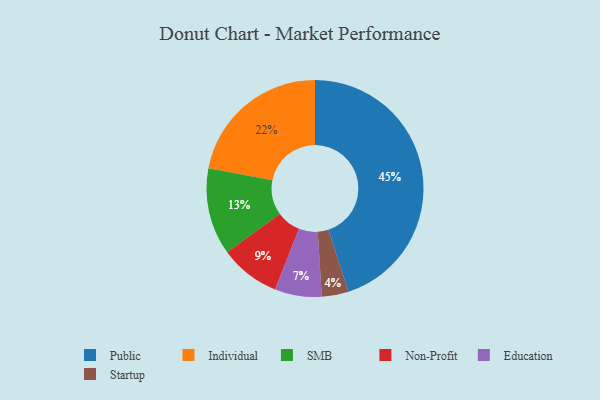
{"axis": {"x": "Category", "y": "Percentage"}, "legend": ["Education", "Individual", "Non-Profit", "Public", "SMB", "Startup"], "data": [{"x": "SMB", "y": 13, "type": "SMB"}, {"x": "Education", "y": 7, "type": "Education"}, {"x": "Startup", "y": 4, "type": "Startup"}, {"x": "Individual", "y": 22, "type": "Individual"}, {"x": "Non-Profit", "y": 9, "type": "Non-Profit"}, {"x": "Public", "y": 45, "type": "Public"}]}